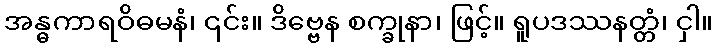
အန္ဓကာရဝိဓမနံ၊ ၎င်း။ ဒိဗ္ဗေန စက္ခုနာ၊ ဖြင့်။ ရူပဒဿနတ္တံ၊ ငှါ။